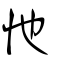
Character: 忚